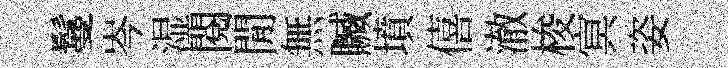
鬘岑湿閲閒無贓墳僖澈梭㝠姿